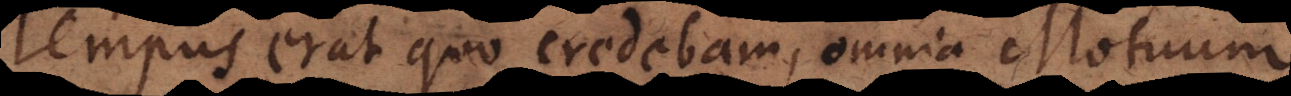
empus erat quo credebam, omnia Motuum